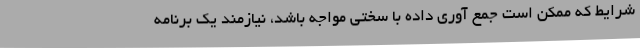
شرایط که ممکن است جمع آوری داده با سختی مواجه باشد، نیازمند یک برنامه